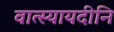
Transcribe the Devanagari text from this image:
वात्स्यायदीनि